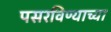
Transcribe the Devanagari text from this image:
पसरविण्याच्या